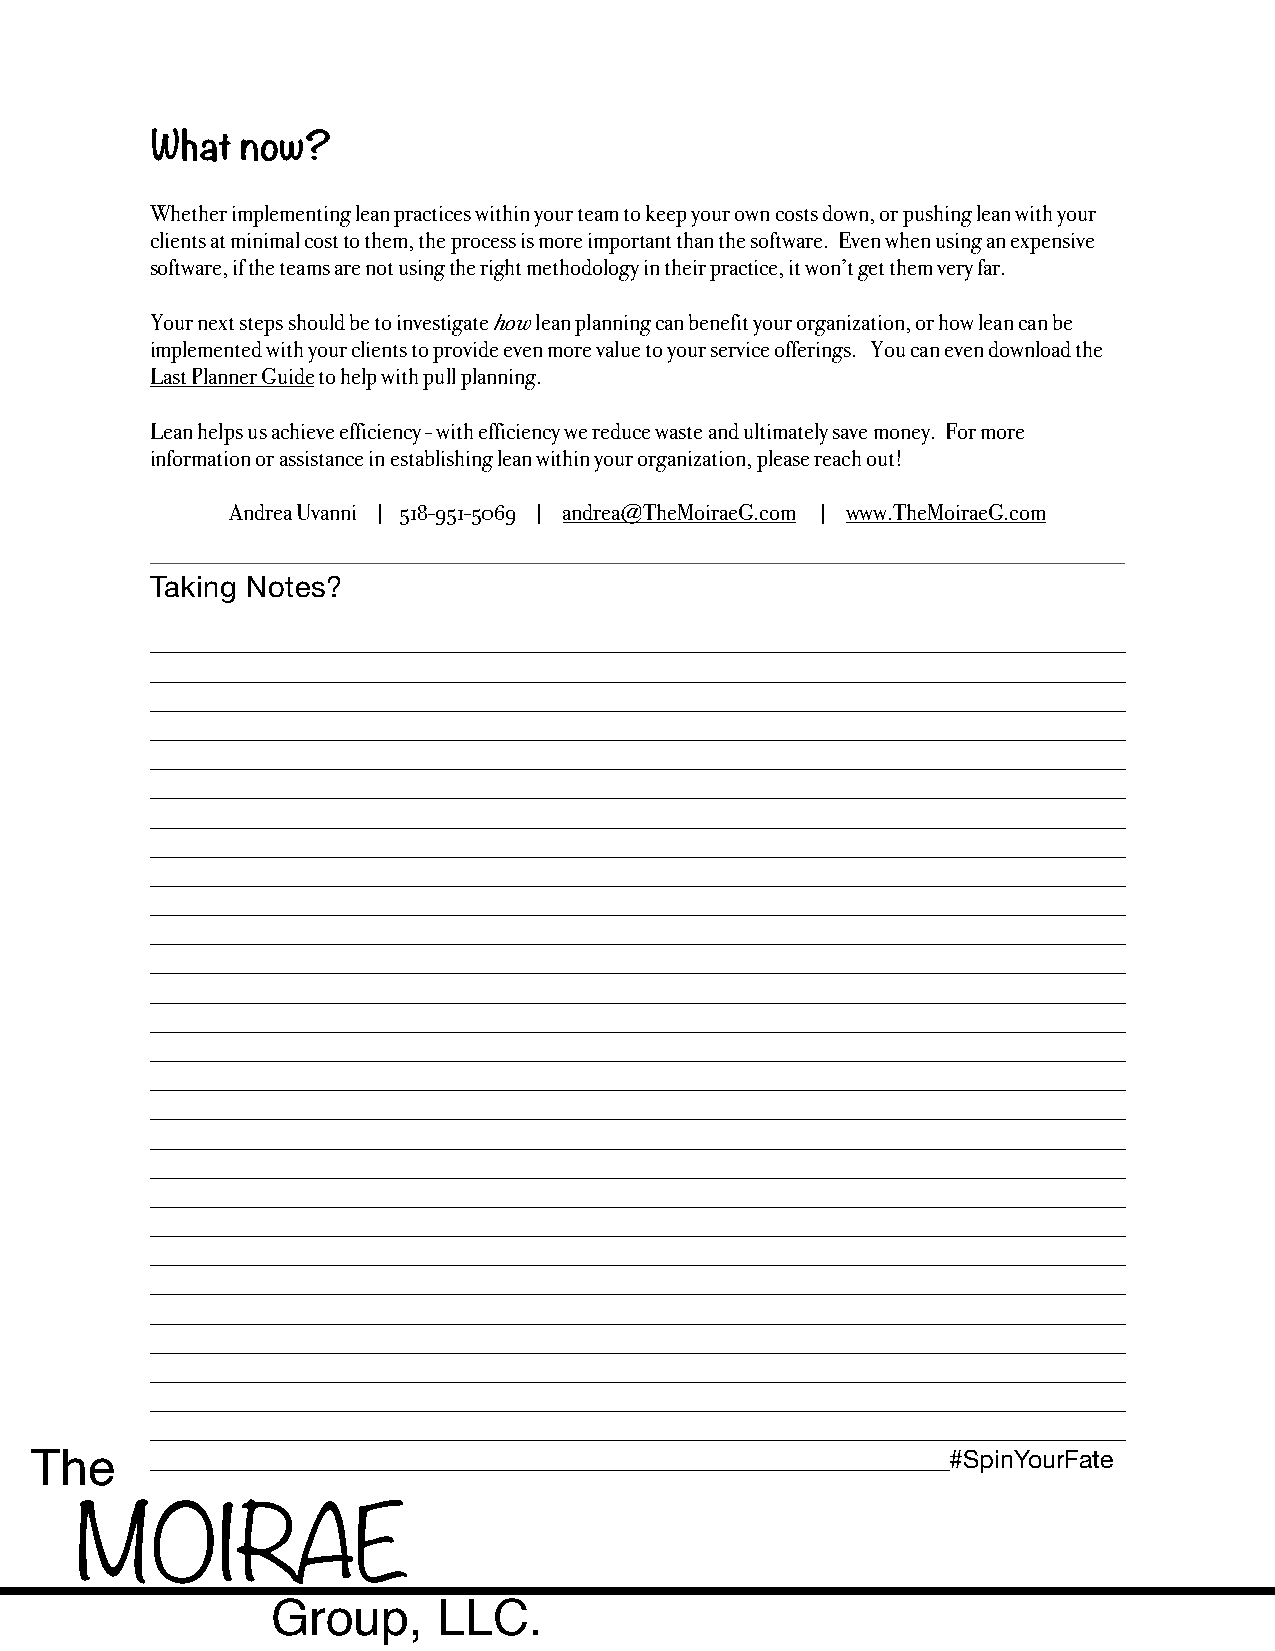
What  now?
 Whether implementing lean practices within your team to keep your own costs down, or pushing lean with your
 clients at minimal cost to them, the process is more important than the software. Even when using an expensive
 software, if the teams are not using the right methodology in their practice, it won’t get them very far.
 Your next steps should be to investigate how lean planning can benefit your organization, or how lean can be
 implemented with your clients to provide even more value to your service offerings. You can even download the
 Last Planner Guide to help with pull planning.
 Lean helps us achieve efficiency - with efficiency we reduce waste and ultimately save money. For more
 information or assistance in establishing lean within your organization, please reach out!
 Andrea Uvanni | 518-951-5069 | andrea@TheMoiraeG.com | www.TheMoiraeG.com
 Taking Notes?
 ______________________________________________________________________________
 ______________________________________________________________________________
 ______________________________________________________________________________
 ______________________________________________________________________________
 ______________________________________________________________________________
 ______________________________________________________________________________
 ______________________________________________________________________________
 ______________________________________________________________________________
 ______________________________________________________________________________
 ______________________________________________________________________________
 ______________________________________________________________________________
 ______________________________________________________________________________
 ______________________________________________________________________________
 ______________________________________________________________________________
 ______________________________________________________________________________
 ______________________________________________________________________________
 ______________________________________________________________________________
 ______________________________________________________________________________
 ______________________________________________________________________________
 ______________________________________________________________________________
 ______________________________________________________________________________
 ______________________________________________________________________________
 ______________________________________________________________________________
 ______________________________________________________________________________
 ______________________________________________________________________________
 ______________________________________________________________________________
 ______________________________________________________________________________
 ______________________________________________________________________________
 The     ________________________________________________________________#SpinYourFate
 MOIRAE
 Group,     LLC.